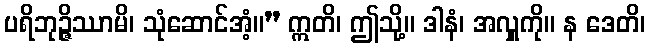
ပရိဘုဉ္ဇိဿာမိ၊ သုံဆောင်အံ့။” ဣတိ၊ ဤသို့။ ဒါနံ၊ အလှူကို။ န ဒေတိ၊